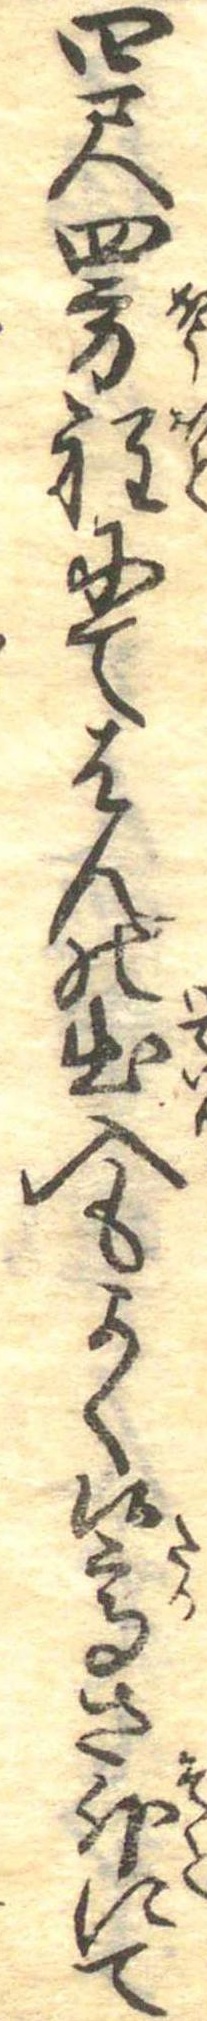
四尺四方程にてはんの出入もよく候高さ外にて